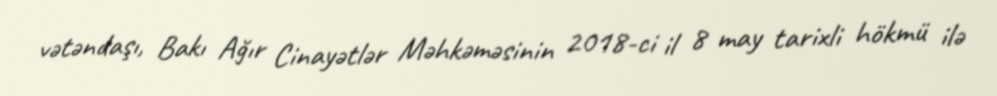
vətəndaşı, Bakı Ağır Cinayətlər Məhkəməsinin 2018-ci il 8 may tarixli hökmü ilə